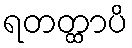
ရတတ္ထာပိ